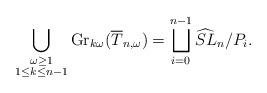
LaTeX: \begin{align*}\bigcup_{\substack{\omega\ge 1\\ 1\le k\le n-1}} {\rm Gr}_{k\omega}(\overline T_{n,\omega}) = \bigsqcup_{i=0}^{n-1}\widehat{SL}_n/P_i.\end{align*}